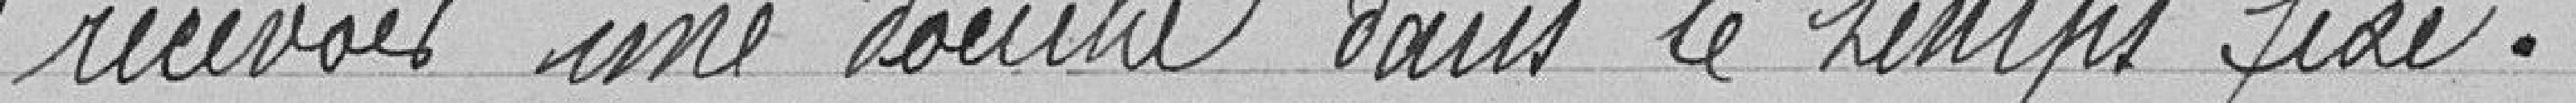
recevoir une douche dans le temps fixé.